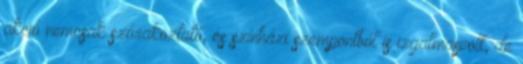
akció nemcsak szórakoztató, és színházi szempontból is izgalmasvolt, de